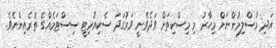
އަދި މުސްލިމުންނަށް މިހާރު މި މިސްކިތަށް ވަދެވެނީ ވަރުގަދަ ސެކިއުރިޓީ ސިސްޓަމެއްގެ ތެރެއިންނެވެ.